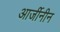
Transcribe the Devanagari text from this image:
आर्जीनीन